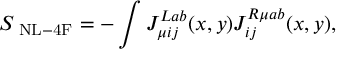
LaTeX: S _ { \mathrm { { \scriptsize ~ N L - 4 F } } } = - \int J _ { \mu i j } ^ { L a b } ( x , y ) J _ { i j } ^ { R \mu a b } ( x , y ) ,